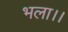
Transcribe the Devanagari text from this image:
भला।।